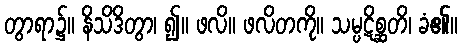
တွာရာ၌။ နိသိဒိတွာ၊ ၍။ ဖလိ။ ဖလိတကို။ သမ္ပဋိစ္ဆတိ၊ ခံ၏။